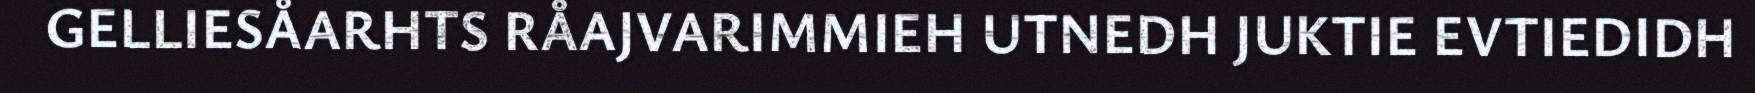
GELLIESÅARHTS RÅAJVARIMMIEH UTNEDH JUKTIE EVTIEDIDH